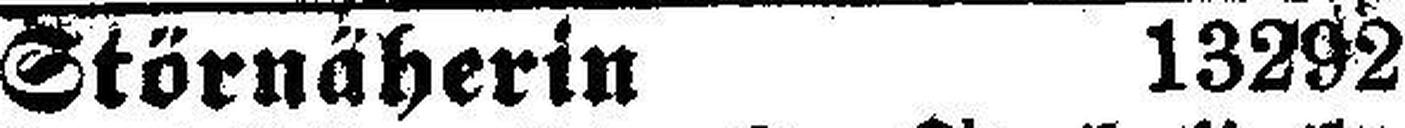
Störnäherin 13292